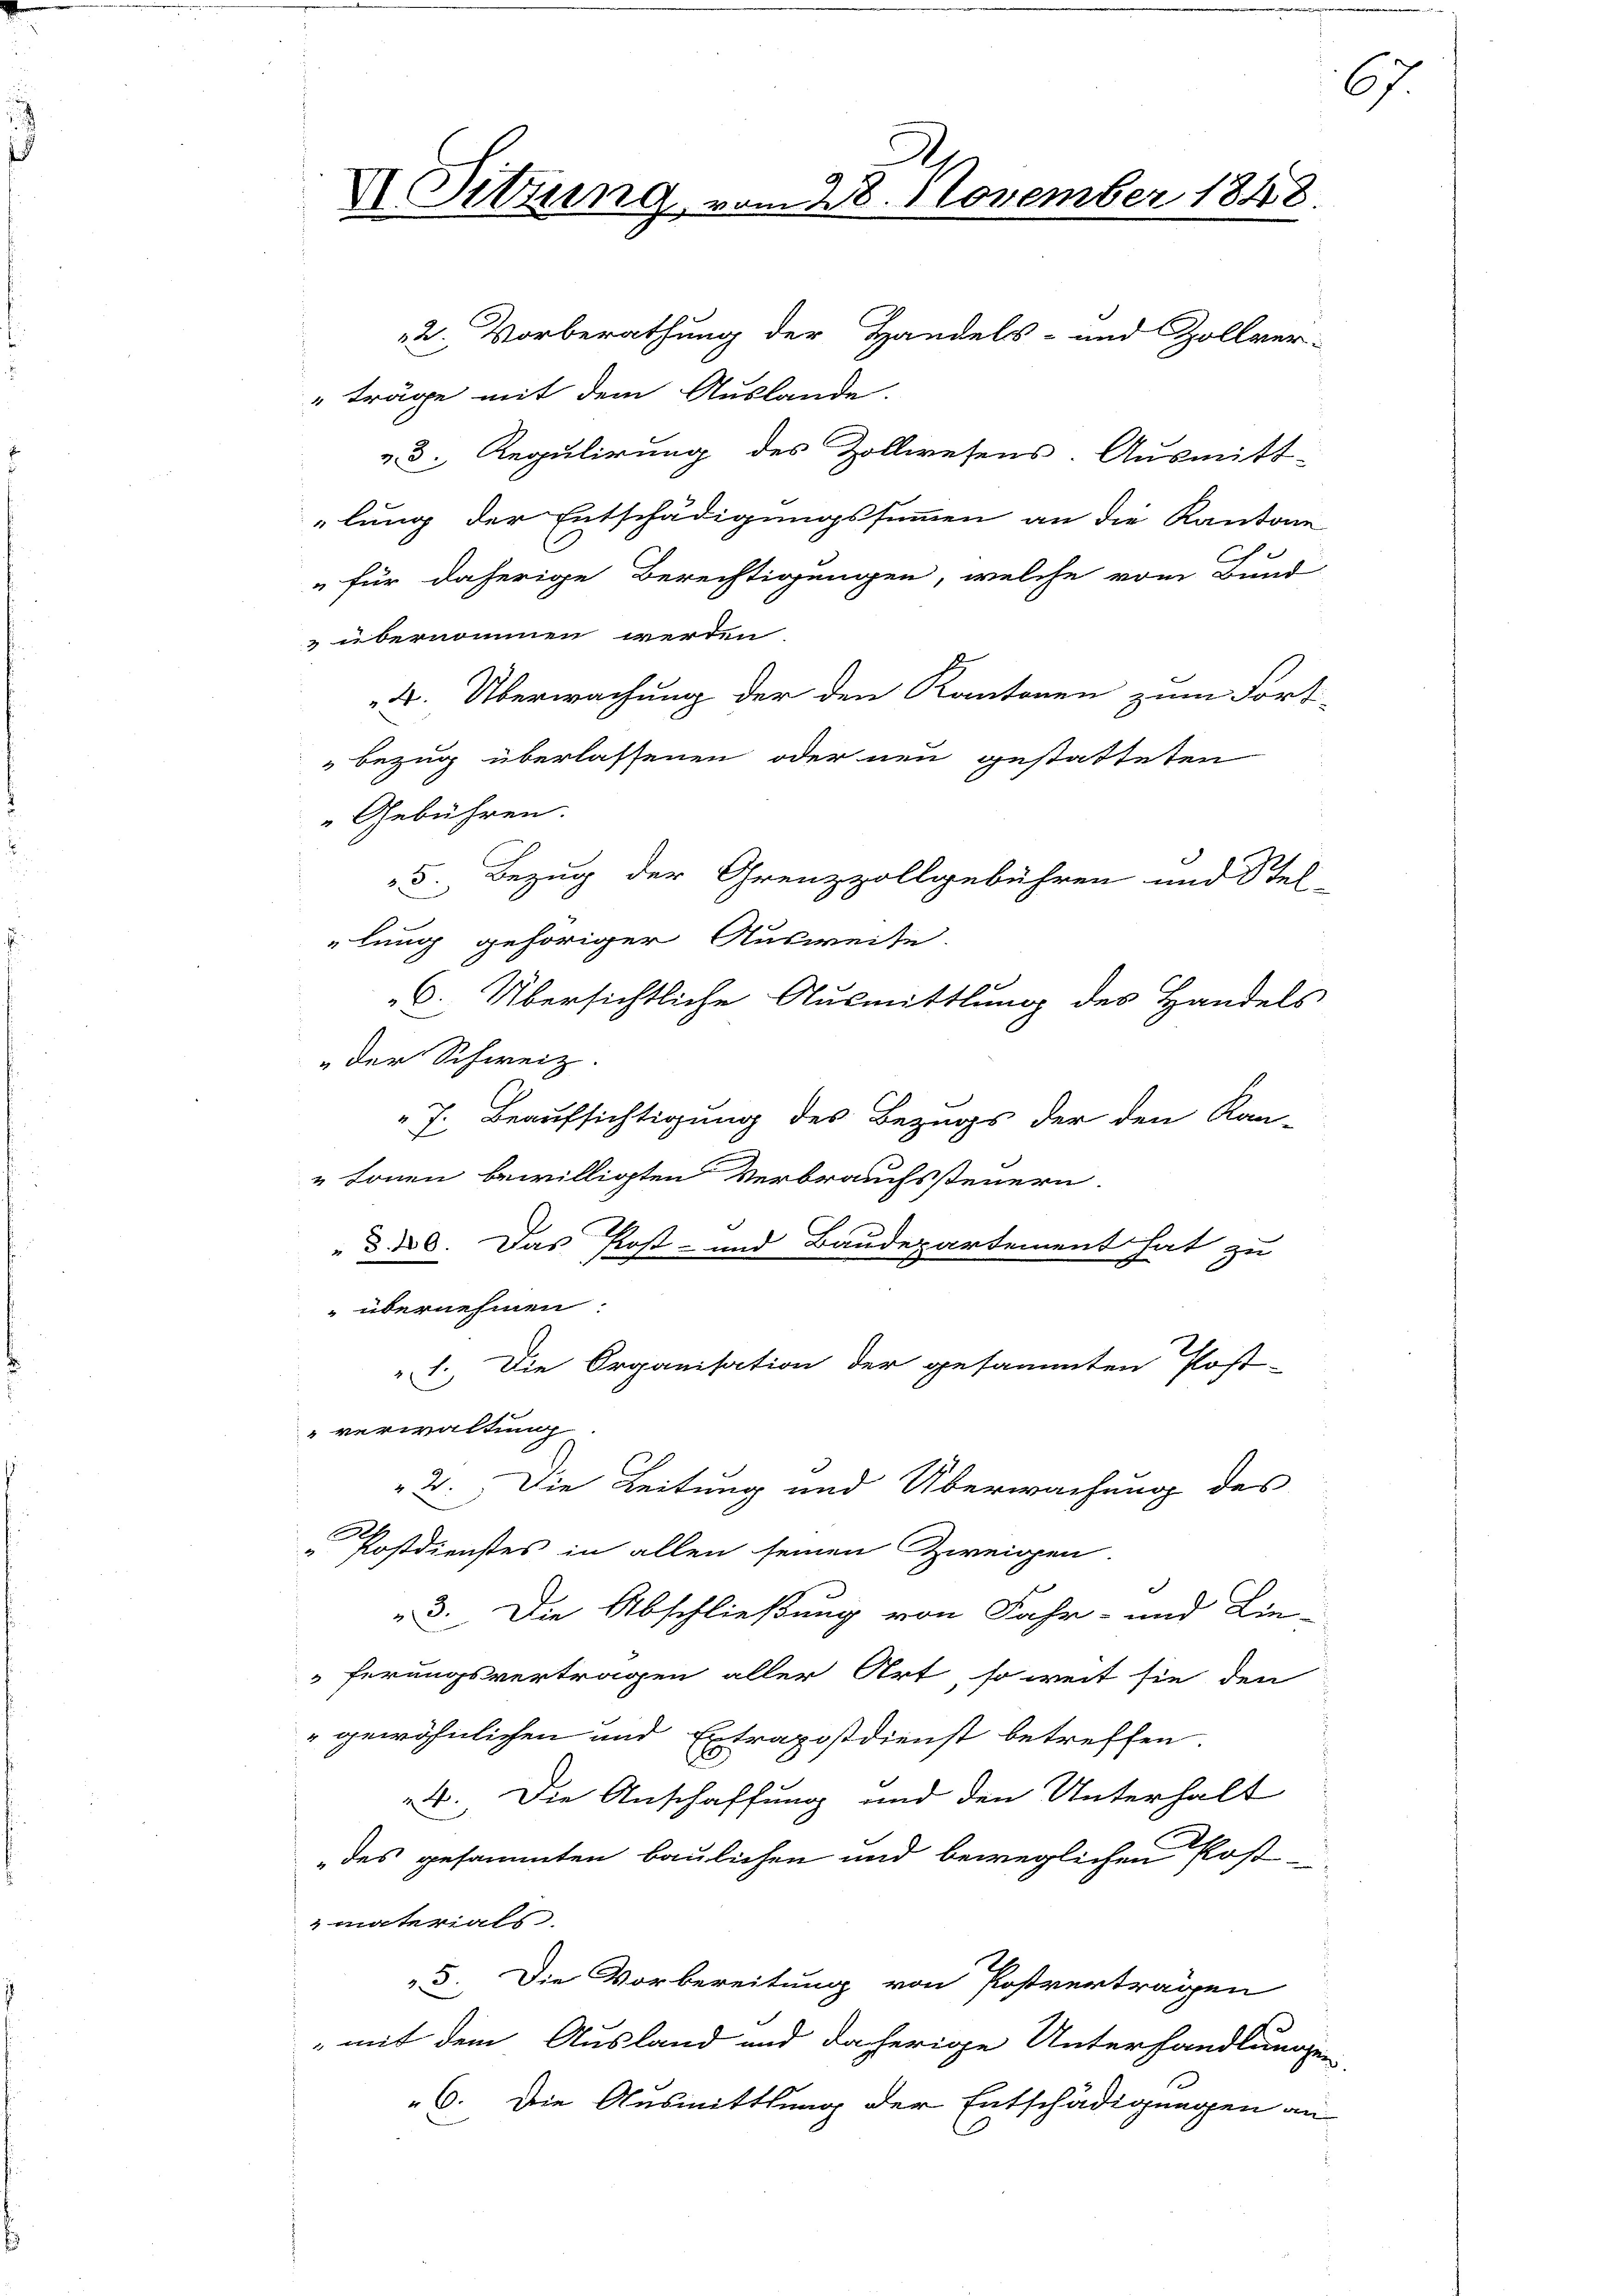
u
X Sitzung vom 28. November 1848.

2. Vorberathung der Handels- und Zollver-
"träge mit dem Auslande.
v. 3. Regulirung des Zollwesens. Ausmitt-
lung der Entschädigungssummen an die Kantone
" für daherige Berechtigungen, welche vom Bund
 übernommen werden
B. Überwachung der den Kantonen zum Fort-
bezug überlassenen oder neu gestatteten
Gebühren.
5. Bezug der Grenzzollgebühren und Stel-
lung gehöriger Ausweise.
6. Übersichtliche Ausmittlung des Handels
der Schweiz.
7. Beaufsichtigung des Bezugs der den Kan-
„Lonen bewilligten Verbrauchssteuern.
 §. 6. Das Post- und Baudepartement hat zu
 übernehmen.
„1. Die Organisation der gesammten Post-
verwaltung
2. Die Leitung und Überwachung des
„Postdienstes in allen seinen Zweigen.
8. Die Abschließung von Fahr- und Lie-
ferungsvertragen aller Art, so weit sie den
gewöhnlichen und Extrapostdienst betreffen.
4. Die Anschaffung und den Unterhalt
des gesammten baulichen und beweglichen Post-
materials
3. Die Vorbereitung von Postvertragen
 mit dem Ausland und daherige Unterhandlunge
6. Die Ausmittlung der Entschädigungen an

67